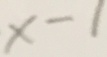
x - 1